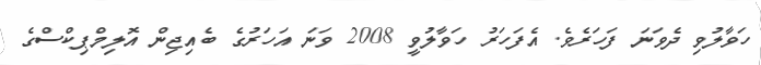
ހަވާލުވި ދެވަނަ ފަހަރެވެ. އެފަހަރު ހަވާލުވީ 2008 ވަނަ އަހަރުގެ ބެއިޖިން އޮލިމްޕިކްސްގެ